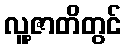
လူ့ဇာတိတွင်